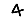
Digit: 4